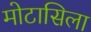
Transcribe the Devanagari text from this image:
मोटासिला